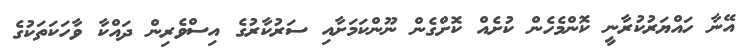
އޭނާ ހައްޔަރުކުރާނީ ކޮންމެހެން ކުށެއް ކޮށްގެން ނޫންކަމަށާއި ސަރުކާރުގެ އިސްވެރިން ދައްކާ ވާހަކަތަކުގެ